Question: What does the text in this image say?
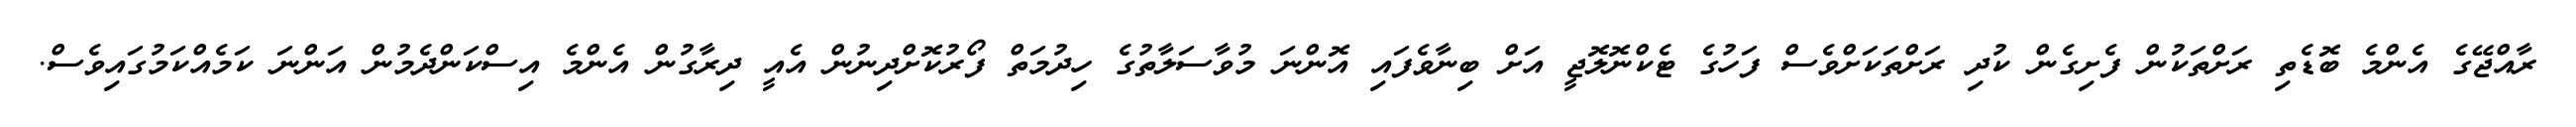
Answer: ރާއްޖޭގެ އެންމެ ބޮޑެތި ރަށްތަކުން ފެށިގެން ކުދި ރަށްތަކަށްވެސް ފަހުގެ ޓެކްނޮލޮޖީ އަށް ބިނާވެފައި އޮންނަ މުވާސަލާތުގެ ހިދުމަތް ފޯރުކޮށްދިނުން އެއީ ދިރާގުން އެންމެ އިސްކަންދެމުން އަންނަ ކަމެއްކަމުގައިވެސް.